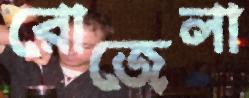
রোজেলা